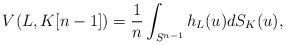
LaTeX: \begin{align*}V(L, K[n-1])=\frac{1}{n}\int_{S^{n-1}} h_L(u) dS_K(u),\end{align*}